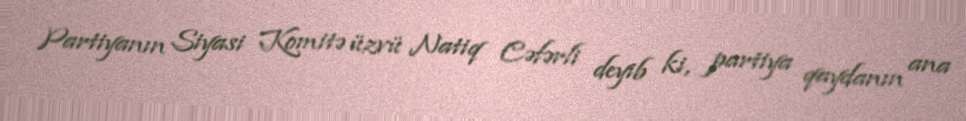
Partiyanın Siyasi Komitə üzvü Natiq Cəfərli deyib ki, partiya qaydanın ana